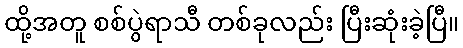
ထို့အတူ စစ်ပွဲရာသီ တစ်ခုလည်း ပြီးဆုံးခဲ့ပြီ။